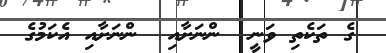
ގެ ތަކެތި ވަނީ  ންނަށާއި  ންނަށާއި އެކަމުގެ